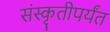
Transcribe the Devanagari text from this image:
संस्कृतीपर्यंत